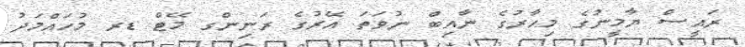
ރައީސް ޔާމީނުގެ މިހާރުގެ ނާއިބް ނުވަތަ އޭރުގެ ރަނިންގ މޭޓް ޑރ މުހައްމަދު